Vaccination Hyderabad 1872-1889 - 1872-1889
Year: 1872
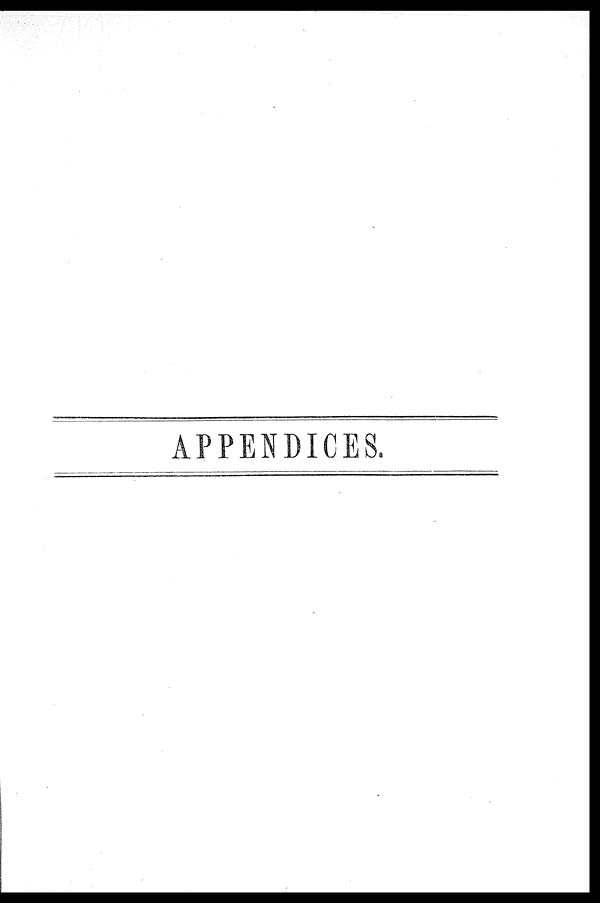
APPENDICES.